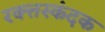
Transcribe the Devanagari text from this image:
रक्त्तस्कंदक